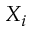
X _ { i }